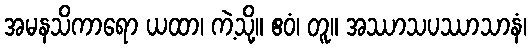
အမနသိကာရော ယထာ၊ ကဲ့သို့။ ဧဝံ၊ တူ။ အဿာသပဿာသာနံ၊